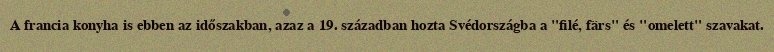
A francia konyha is ebben az időszakban, azaz a 19. században hozta Svédországba a "filé, färs" és "omelett" szavakat.